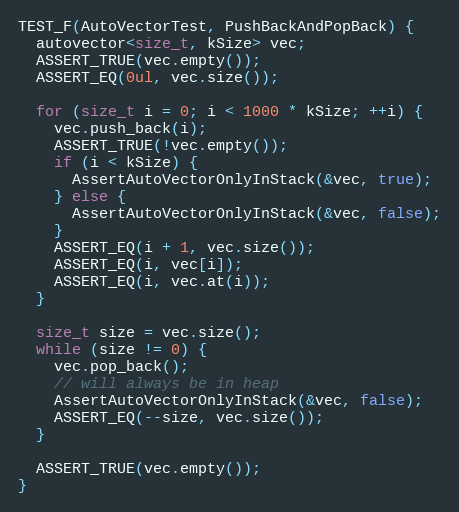
Language: C++
TEST_F(AutoVectorTest, PushBackAndPopBack) {
  autovector<size_t, kSize> vec;
  ASSERT_TRUE(vec.empty());
  ASSERT_EQ(0ul, vec.size());

  for (size_t i = 0; i < 1000 * kSize; ++i) {
    vec.push_back(i);
    ASSERT_TRUE(!vec.empty());
    if (i < kSize) {
      AssertAutoVectorOnlyInStack(&vec, true);
    } else {
      AssertAutoVectorOnlyInStack(&vec, false);
    }
    ASSERT_EQ(i + 1, vec.size());
    ASSERT_EQ(i, vec[i]);
    ASSERT_EQ(i, vec.at(i));
  }

  size_t size = vec.size();
  while (size != 0) {
    vec.pop_back();
    // will always be in heap
    AssertAutoVectorOnlyInStack(&vec, false);
    ASSERT_EQ(--size, vec.size());
  }

  ASSERT_TRUE(vec.empty());
}